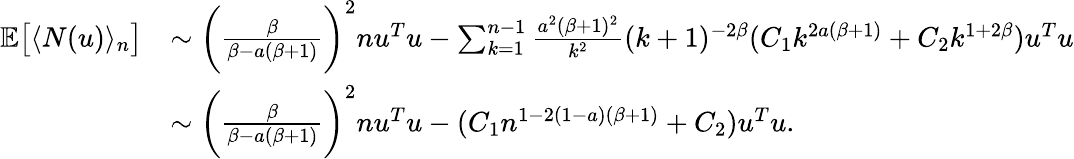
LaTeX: \begin{array}{rl}{\mathbb{E}\big[\langle N(u)\rangle_{n}\big]}&{\sim\bigg(\frac{\beta}{\beta-a(\beta+1)}\bigg)^{2}nu^{T}u-\sum_{k=1}^{n-1}\frac{a^{2}(\beta+1)^{2}}{k^{2}}(k+1)^{-2\beta}(C_{1}k^{2a(\beta+1)}+C_{2}k^{1+2\beta})u^{T}u}\\ &{\sim\bigg(\frac{\beta}{\beta-a(\beta+1)}\bigg)^{2}nu^{T}u-(C_{1}n^{1-2(1-a)(\beta+1)}+C_{2})u^{T}u.}\end{array}